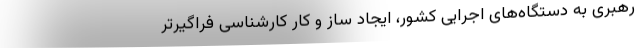
رهبری به دستگاه‌های اجرایی کشور، ایجاد ساز و کار کارشناسی فراگیرتر